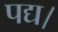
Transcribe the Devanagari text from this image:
पद्य।